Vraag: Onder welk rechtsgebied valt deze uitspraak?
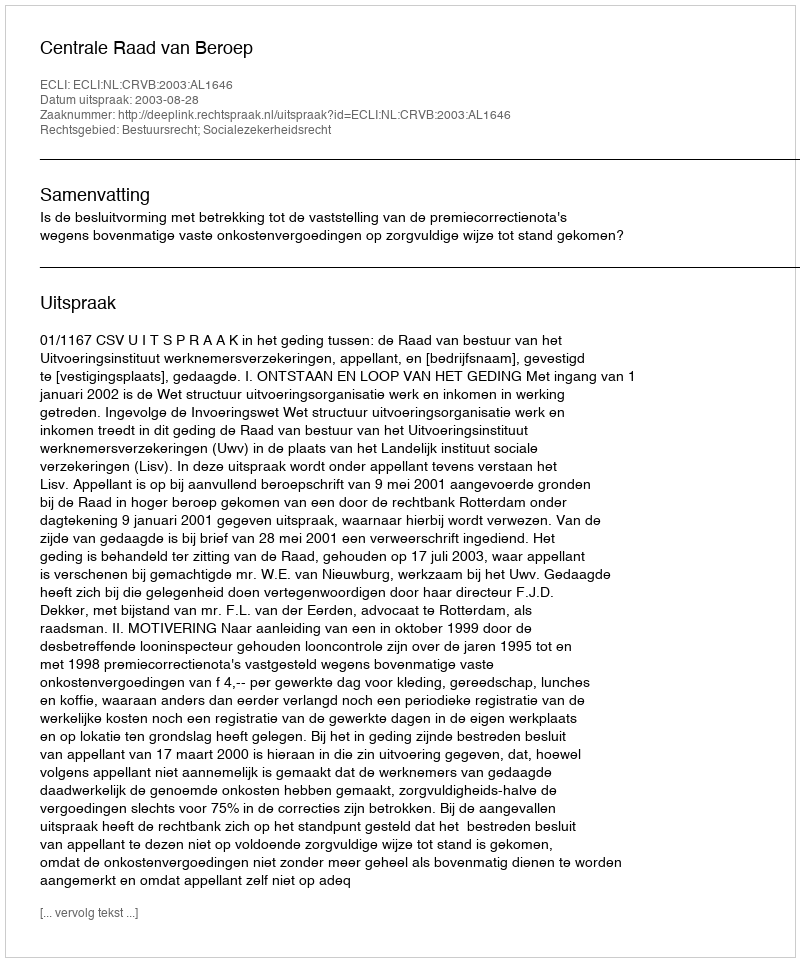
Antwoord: Bestuursrecht; Socialezekerheidsrecht